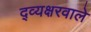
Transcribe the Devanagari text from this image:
द्व्यक्षरवाले